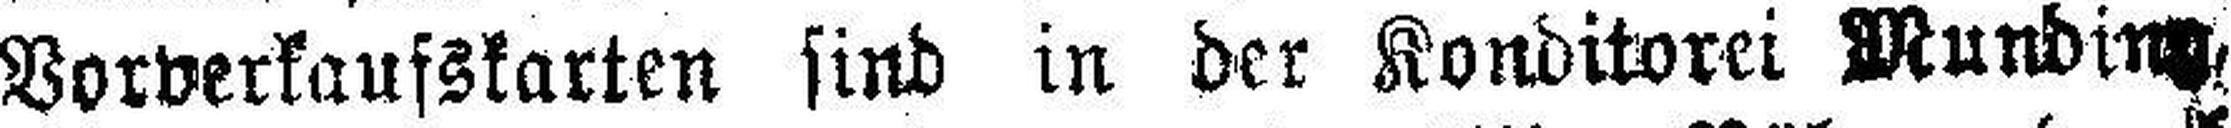
Vorverkaufskarten sind in der Konditorei Mundiny,